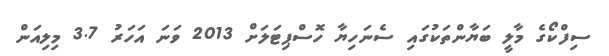
ސިފްކޯގެ މާލީ ބަޔާންތަކުގައި ސެނަހިޔާ ހޮސްޕިޓަލަށް 2013 ވަނަ އަހަރު 3.7 މިލިއަން